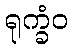
ရုက္ခံဝ